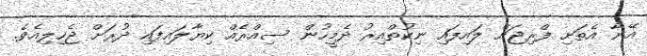
އޭނާ އެތަށި ފްރިޖަށް ލައިފައި ނިކުތްއިރު ދެމީހުން ސިއްރެއް ކިޔާލައިފައި ދުރަށް ޖެހިލިއެވެ.